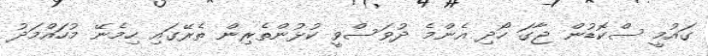
ގައުމީ ސްކޮޑުން ޖާގަ ހޯދި އެންމެ ދުވަސްވީ ކުޅުންތެރިން ތެރޭގައި ހިމެނޭ މުހައްމަދު